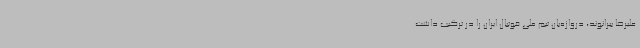
علیرضا بیرانوند، دروازه‌بان تیم ملی فوتبال ایران را در ترکیب داشت